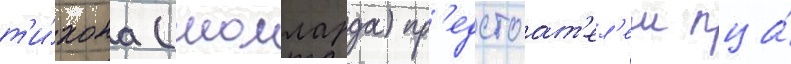
т'и́хона (молларда) пр'едстоат'ел'ем пца́